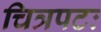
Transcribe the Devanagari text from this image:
चित्रपटः